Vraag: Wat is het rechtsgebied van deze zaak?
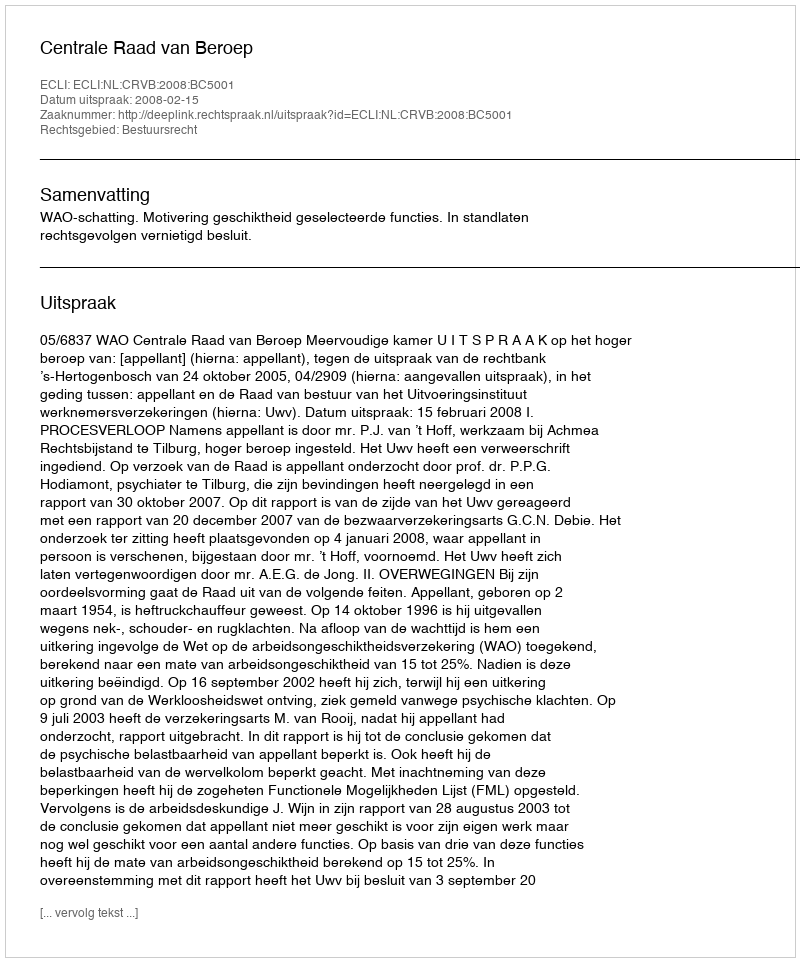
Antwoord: Bestuursrecht